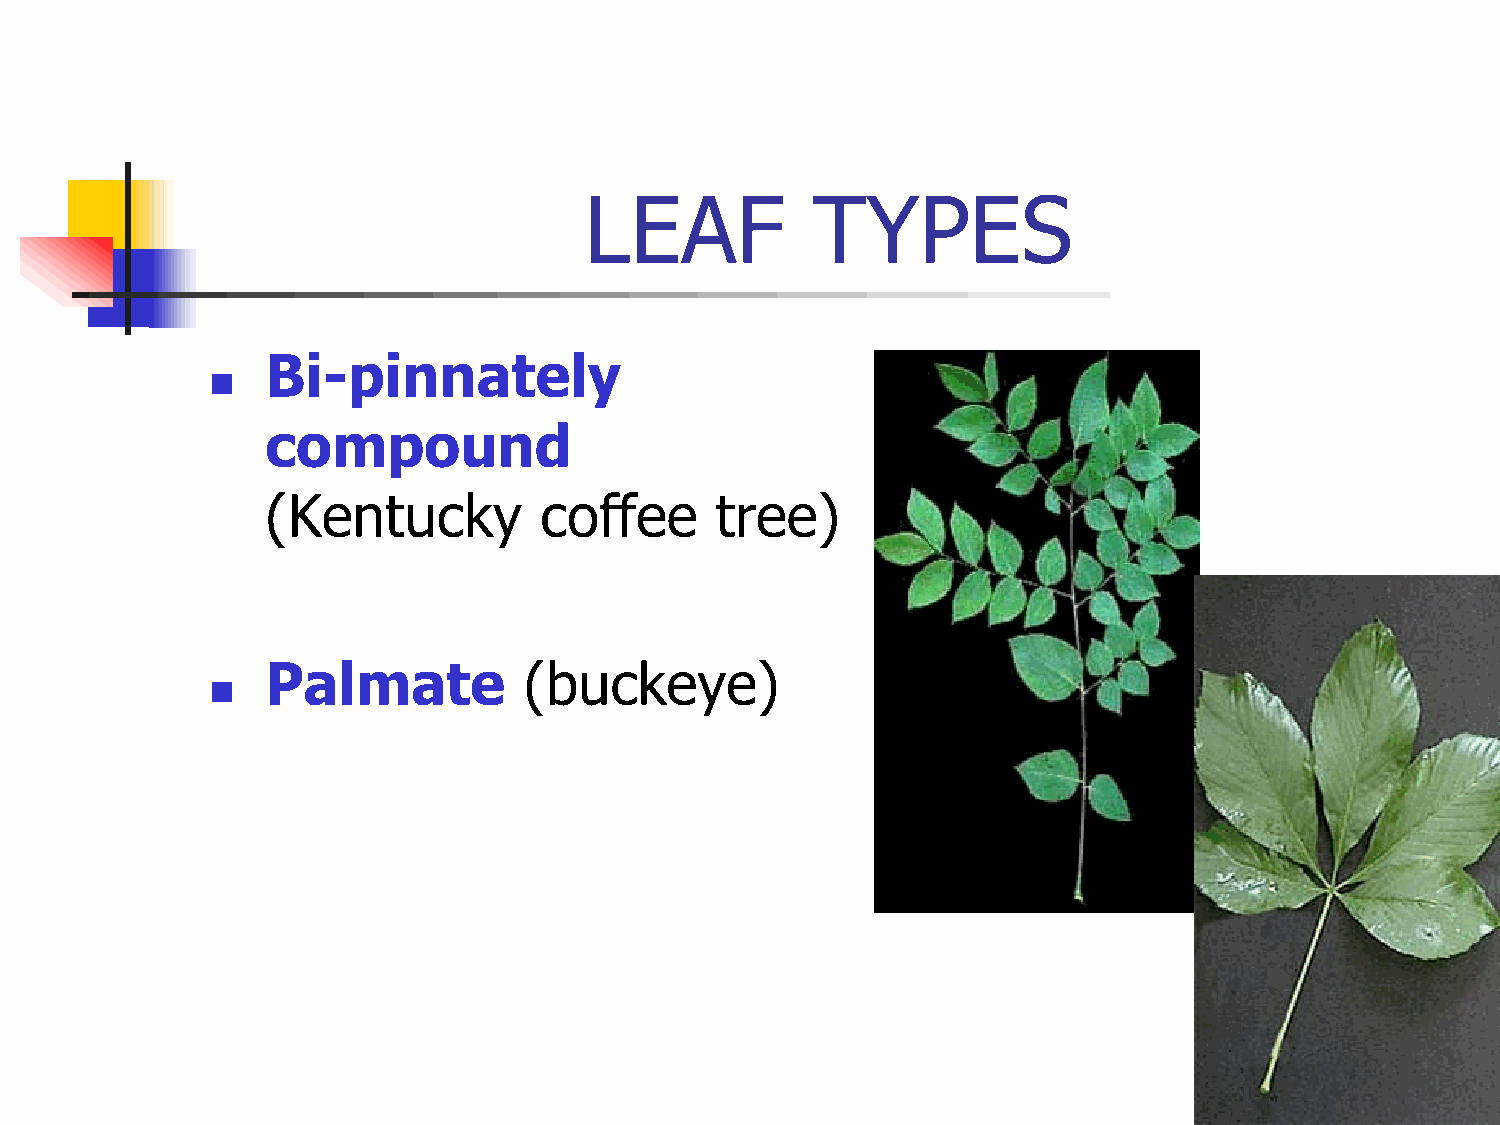
LEAF           TYPES
 Bi-pinnately
 
 compound
 (Kentucky         coffee     tree)
 Palmate          (buckeye)
 